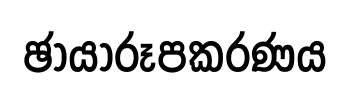
ඡායාරූපකරණය